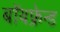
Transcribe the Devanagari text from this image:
बॉयफ्रेन्ड